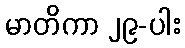
မာတိကာ ၂၉-ပါး